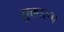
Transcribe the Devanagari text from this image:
मुक्तरूप